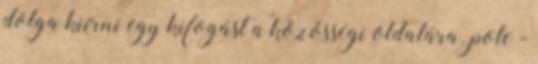
dolga kiírni egy kifogást a közösségi oldalára. pole -